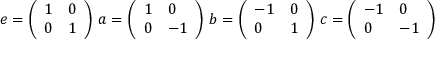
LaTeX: e = { \left( \begin{array} { l l } { 1 } & { 0 } \\ { 0 } & { 1 } \end{array} \right) } \, \, a = { \left( \begin{array} { l l } { 1 } & { 0 } \\ { 0 } & { - 1 } \end{array} \right) } \, \, b = { \left( \begin{array} { l l } { - 1 } & { 0 } \\ { 0 } & { 1 } \end{array} \right) } \, \, c = { \left( \begin{array} { l l } { - 1 } & { 0 } \\ { 0 } & { - 1 } \end{array} \right) }